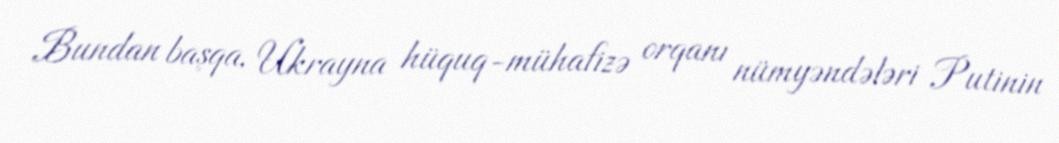
Bundan başqa, Ukrayna hüquq-mühafizə orqanı nümyəndələri Putinin